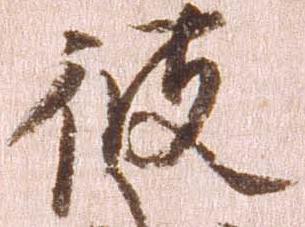
彼